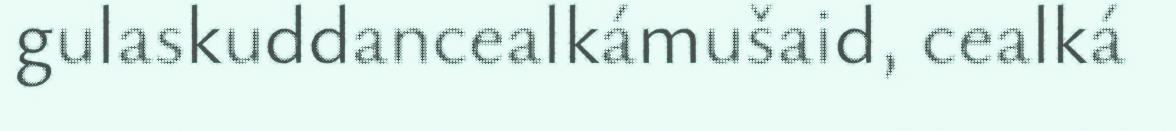
gulaskuddancealkámušaid, cealká